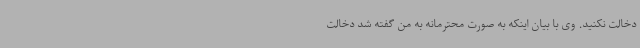
دخالت نکنید. وی با بیان اینکه به صورت محترمانه به من گفته شد دخالت